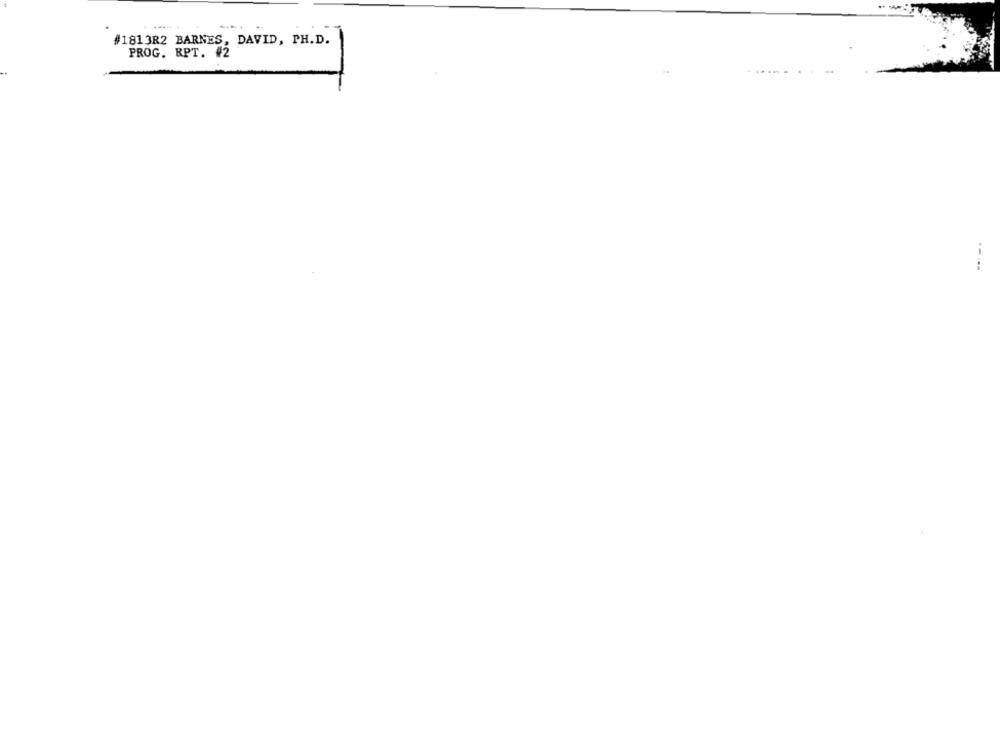
#1813R2 BARNES, DAVID, PH.D.
PROG. RPT. #2
..
.-...